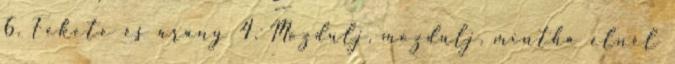
6. Fekete és arany 4. Mozdulj, mozdulj, mintha élnél